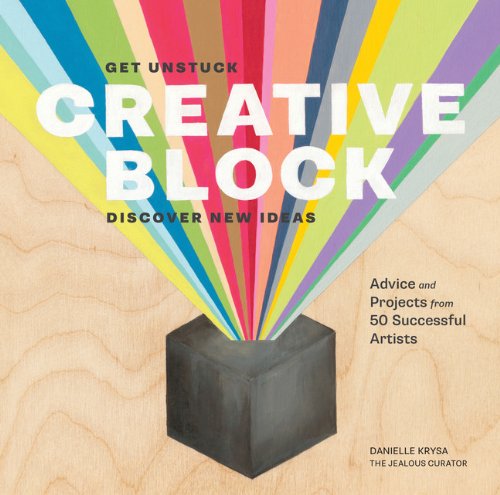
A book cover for Creative Block: Get Unstuck, Discover New Ideas. Advice & Projects from 50 Successful Artists; Danielle Krysa; Arts & Photography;